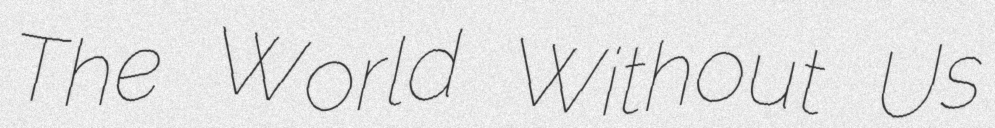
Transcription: The World Without Us